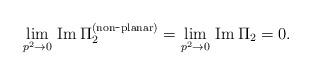
LaTeX: \begin{align*}\lim_{p^{2}\rightarrow 0}\,{\rm Im}\,\Pi_{2}^{\rm (non\hbox{-}planar)}= \lim_{p^{2}\rightarrow 0}\,{\rm Im}\,\Pi_{2} = 0 .\end{align*}